Annual administration and progress report of the Indian Medical Department, Bombay
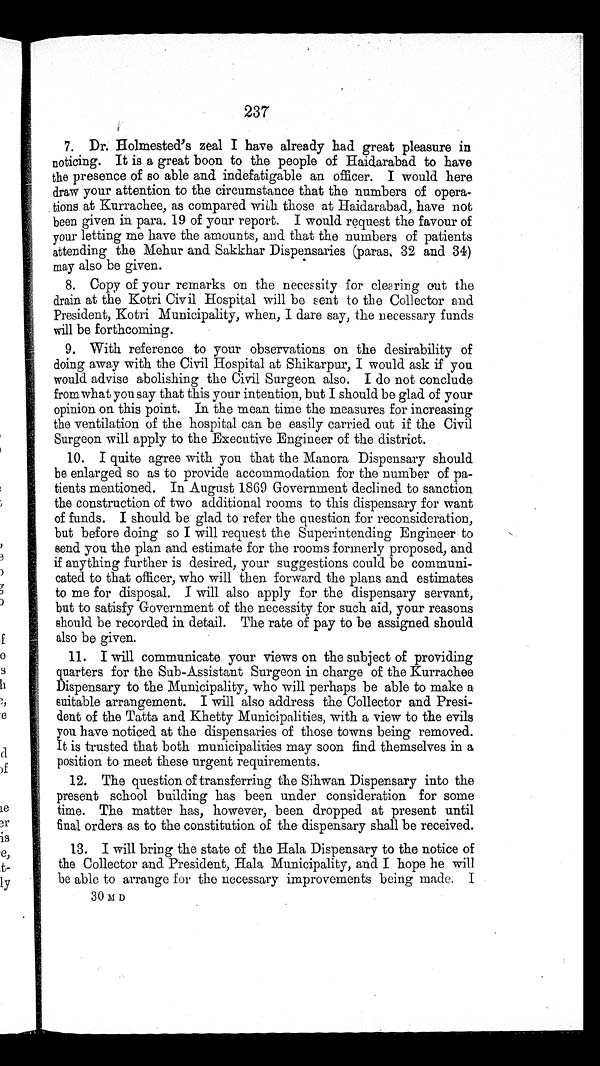
237
7. Dr. Holmested’s zeal I have already had great pleasure in
noticing. It is a great boon to the people of Haidarabad to have
the presence of so able and indefatigable an officer. I would here
draw your attention to the circumstance that the numbers of opera--
tions at Kurrachee, as compared with those at Haidarabad, have not
been given in para. 19 of your report. I would request the favour of
your letting me have the amounts, and that the numbers of patients
attending the Mehur and Sakkhar Dispensaries (paras. 32 and 34)
may also be given.
8. Copy of your remarks on the necessity for clearing out the
drain at the Kotri Civil Hospital will be sent to the Collector and
President, Kotri Municipality, when, I dare say, the necessary funds
will be forthcoming.
9. With reference to your observations on the desirability of
doing away with the Civil Hospital at Shikarpur, I would ask if you
would advise abolishing the Civil Surgeon also. I do not conclude
fromwhat you say that this your intention, but I should be glad of your
opinion on this point. In the mean time the measures for increasing
the ventilation of the hospital can be easily carried out if the Civil
Surgeon will apply to the Executive Engineer of the district.
10. I quite agree with you that the Manora Dispensary should
be enlarged so as to provide accommodation for the number of pa
- t i e n t s m e n t i o n e d . I n A u g u s t 1 8 6 9 G o v e r n m e n t d e c l i n e d t o s a n c t i o n
the construction of two additional rooms to this dispensary for want
of funds. I should be glad to refer the question for reconsideration,
but before doing so I will request the Superintending Engineer to
send you the plan and estimate for the rooms formerly proposed, and
if anything further is desired, your suggestions could be communi--
cated to that officer, who will then forward the plans and estimates
to me for disposal. I will also apply for the dispensary servant,
but to satisfy Government of the necessity for such aid, your reasons
should be recorded in detail. The rate of pay to be assigned should
also be given.
11. I will communicate your views on the subject of providing
quarters for the Sub-Assistant Surgeon in charge of the Kurrachee
Dispensary to the Municipality, who will perhaps be able to make a
suitable arrangement. I will also address the Collector and Presi
- d e n t o f t h e T a t t a a n d K h e t t y M u n i c i p a l i t i e s , w i t h a v i e w t o t h e e v i l s
you have noticed at the dispensaries of those towns being removed.
It is trusted that both municipalities may soon find themselves in a
position to meet these urgent requirements.
12. The question of transferring the Sihwan Dispensary into the
present school building has been under consideration for some
time. The matter has, however, been dropped at present until
final orders as to the constitution of the dispensary shall be received.
13. I will bring the state of the Hala Dispensary to the notice of
the Collector and President, Hala Municipality, and I hope he will
be able to arrange for the necessary improvements being made. I
30 M.D